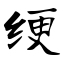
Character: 绠